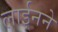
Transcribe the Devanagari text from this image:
लाईनने